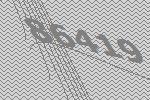
86419